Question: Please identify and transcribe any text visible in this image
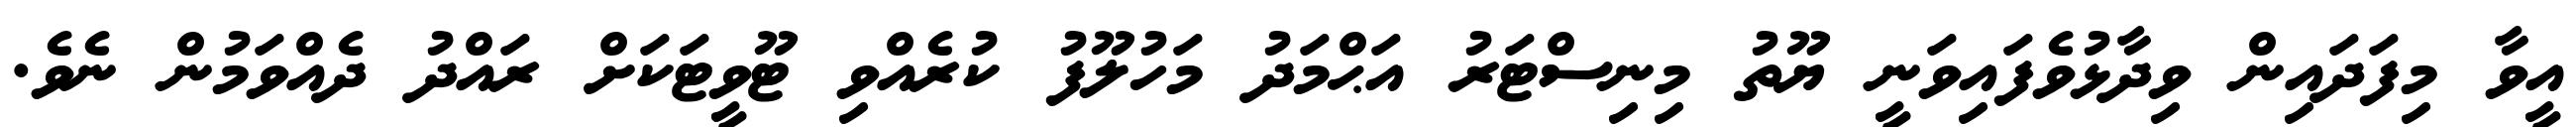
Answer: އީވާ މިފަދައިން ވިދާޅުވެފައިވަނީ ޔޫތު މިނިސްޓަރު އަޙްމަދު މަހުލޫފު ކުރެއްވި ޓޫވީޓަކަށް ރައްދު ދެއްވަމުން ނެވެ.